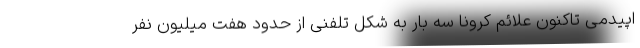
اپیدمی تاکنون علائم کرونا سه بار به شکل تلفنی از حدود هفت میلیون نفر